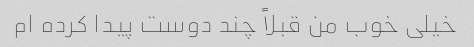
خیلی خوب من قبلاً چند دوست پیدا کرده ام